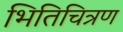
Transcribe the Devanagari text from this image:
भितिचित्रण